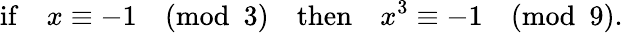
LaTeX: {\mathrm{if}}\quad x\equiv-1{\pmod{3}}\quad{\mathrm{then}}\quad x^{3}\equiv-1{\pmod{9}}.